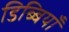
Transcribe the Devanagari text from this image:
डिब्बियाँ